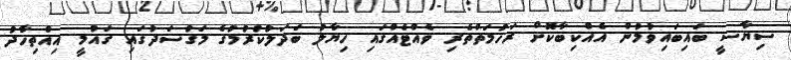
ސިޔާސީ ބައިބައިވުމުން އެއްކިބާކޮށް ރަހުމަތްތެރި ވެއްޓެއްގައި ހިޔާލު ބަދަލުކުރުމުގެ މަގުސަދުގައި ގައުމީ އިއްތިހާދު